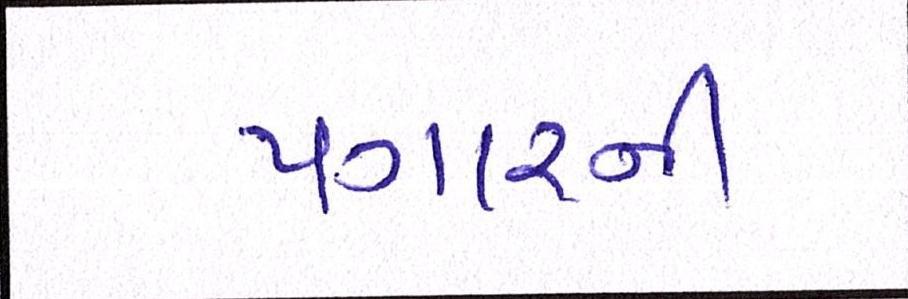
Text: પગારની